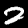
Label: 2